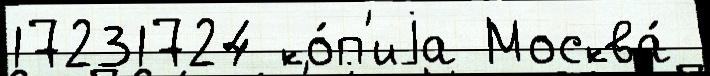
17231724 ко́п'иjа Москва́